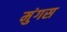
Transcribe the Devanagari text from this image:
मुंगस